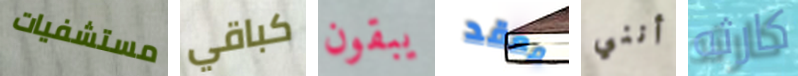
مستشفيات كباقي يبقون معقد أنني كارثه